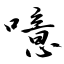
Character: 噫